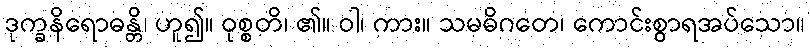
ဒုက္ခနိရောဓန္တိ၊ ဟူ၍။ ဝုစ္စတိ၊ ၏။ ဝါ၊ ကား။ သမဓိဂတေ၊ ကောင်းစွာရအပ်သော။